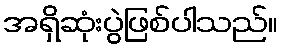
အရှိဆုံးပွဲဖြစ်ပါသည်။